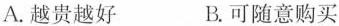
A.越贵越好 B.可随意购买